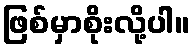
ဖြစ်မှာစိုးလို့ပါ။